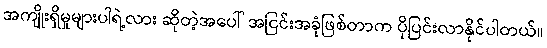
အကျိုးရှိမှုများပါရဲ့လား ဆိုတဲ့အပေါ် အငြင်းအခုံဖြစ်တာက ပိုပြင်းလာနိုင်ပါတယ်။